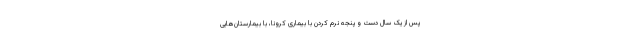
پس از یک سال دست و پنجه نرم کردن با بیماری کرونا، با بیمارستان‌هایی